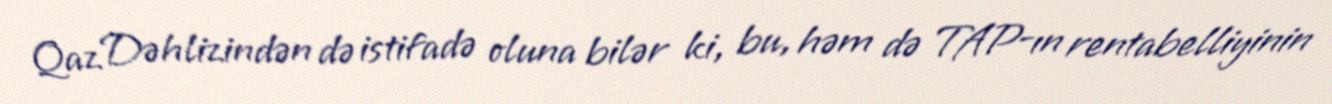
Qaz Dəhlizindən də istifadə oluna bilər ki, bu, həm də TAP-ın rentabelliyinin